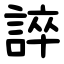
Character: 誶